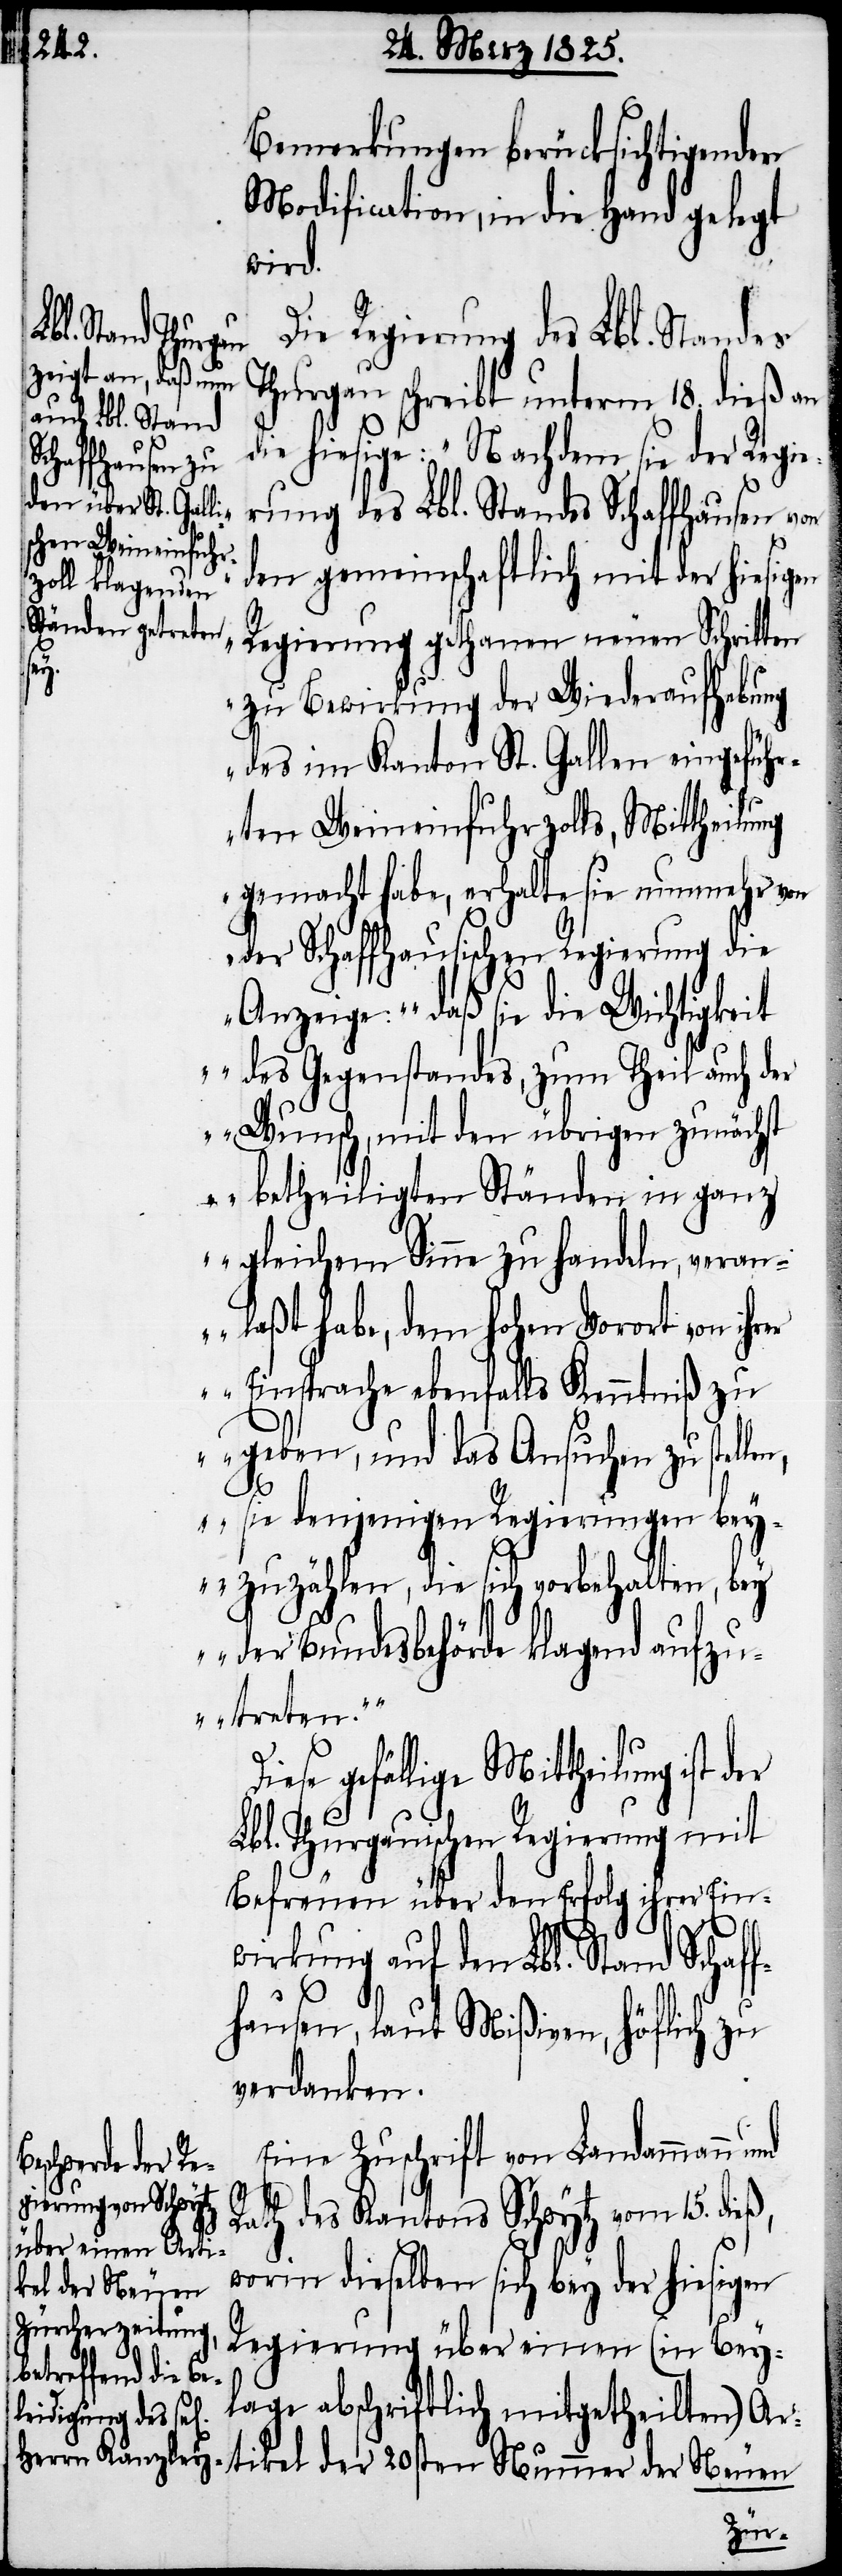
Bemerkungen berücksichtigenden
Modification, in die Hand gelegt
wird.
Regierung des Lbl. Standes
hurgau schreibt unterm 18. dieß an
die hiesige: „Nachdem sie der Regie¬
rung des Lbl. Standes Schaffhausen von
den gemeinschaftlich mit der hiesigen
Regierung gethanen neuen Schritten
zu Bewirkung der Wiederaufhebung
des im Kanton St. Gallen eingeführ¬
ten Weineinfuhrzolls, Mittheilung
gemacht habe, erhalte sie nunmehr von
der Schaffhausischen Regierung die
Anzeige: „daß sie die Wichtigkeit
des Gegenstandes, zum Theil auch der
Wunsch, mit den übrigen zunächst
betheiligten Ständen in ganz
gleichem Sinne zu handeln, veran¬
laßt habe, dem hohen Vorort von ihr¬
er Einsprache ebenfalls Kenntniß zu
geben, und das Ansuchen zu stel¬
len, sie denjenigen Regierungen bey¬
zuzählen, die sich vorbehalten, bey
der Bundesbehörde klagend aufzu¬
treten.““
gefällige Mittheilung ist der
Lbl. Thurgauischen Regierung mit
Befreuen über den Erfolg ihrer Ein¬
T¬
wirkung auf den Lbl. Stand Schaff¬
hausen, laut Mißiven, höflich zu
verdanken.
Eine Zuschrift von Landammann
Rath des Kantons Schwytz vom 15. dieß,
worin dieselben sich bey der hiesigen
Regierung über einen (in Bey¬
lage abschriftlich mitgetheilten) Ar¬
tikel der 20sten Nummer der Neuen